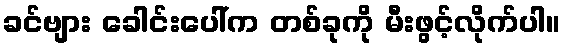
ခင်ဗျား ခေါင်းပေါ်က တစ်ခုကို မီးဖွင့်လိုက်ပါ။